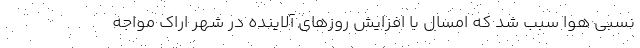
نسبی هوا سبب شد که امسال با افزایش روزهای آلاینده در شهر اراک مواجه